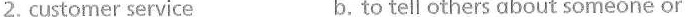
2. customer service b.to tell others about someone or